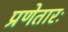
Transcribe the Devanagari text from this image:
प्रणेतारः